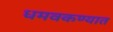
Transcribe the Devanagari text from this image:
धमवकण्यात